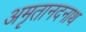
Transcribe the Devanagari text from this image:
अमृतानदनाथ